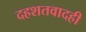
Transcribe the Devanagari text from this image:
दहशतवादही